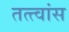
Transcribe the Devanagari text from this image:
तत्त्वांस